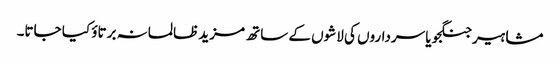
مشاہیر جنگجو یا سرداروں کی لاشوں کے ساتھ مزید ظالمانہ برتاؤ کیا جاتا۔